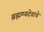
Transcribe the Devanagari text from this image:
ब्रह्मण्यदेवाचे